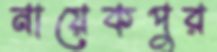
নায়েকপুর